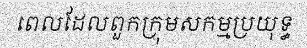
ពេលដែលពួកក្រុមសកម្មប្រយុទ្ធ